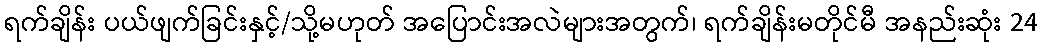
ရက်ချိန်း ပယ်ဖျက်ခြင်းနှင့်/သို့မဟုတ် အပြောင်းအလဲများအတွက်၊ ရက်ချိန်းမတိုင်မီ အနည်းဆုံး 24